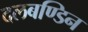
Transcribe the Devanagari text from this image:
दलबण्डिन